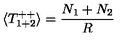
\langle T _ { 1 + 2 } ^ { + + } \rangle = \frac { N _ { 1 } + N _ { 2 } } { R }